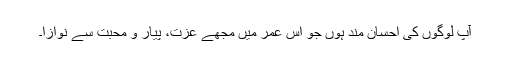
آپ لوگوں کی احسان مند ہوں جو اس عمر میں مجھے عزت، پیار و محبت سے نوازا۔